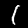
Digit: 1